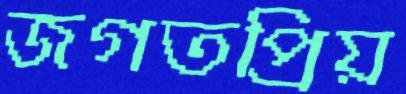
জগতপ্রিয়